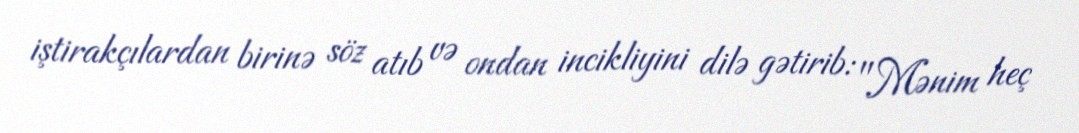
iştirakçılardan birinə söz atıb və ondan incikliyini dilə gətirib: "Mənim heç